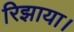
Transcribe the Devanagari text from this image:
रिझाया।